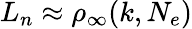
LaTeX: L_{n}\approx\rho_{\infty}(k,N_{e})